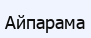
Айпарама